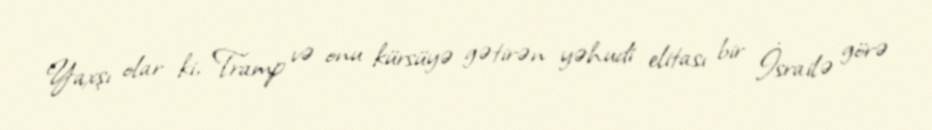
Yaxşı olar ki, Tramp və onu kürsüyə gətirən yəhudi elitası bir İsrailə görə